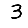
Digit: 3